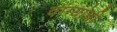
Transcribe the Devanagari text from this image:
वांग्यांची